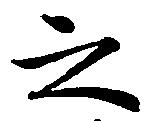
之